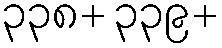
၃၃၈+ ၃၃၉+